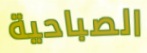
الصباحية